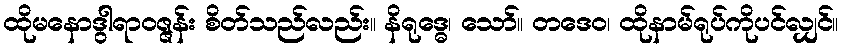
ထိုမနောဒွါရာဝဇ္ဇန်း စိတ်သည်လည်း။ နိရုဒ္ဓေ၊ သော်။ တဒေဝ၊ ထိုနာမ်ရုပ်ကိုပင်လျှင်။